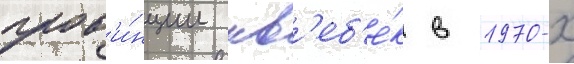
пров'и́нции кв'еб'е́к в 1970-х